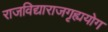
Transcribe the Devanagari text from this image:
राजविद्याराजगृह्ययोग